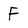
Character: F